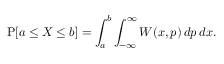
\operatorname { P } [ a \leq X \leq b ] = \int _ { a } ^ { b } \int _ { - \infty } ^ { \infty } W ( x , p ) \, d p \, d x .